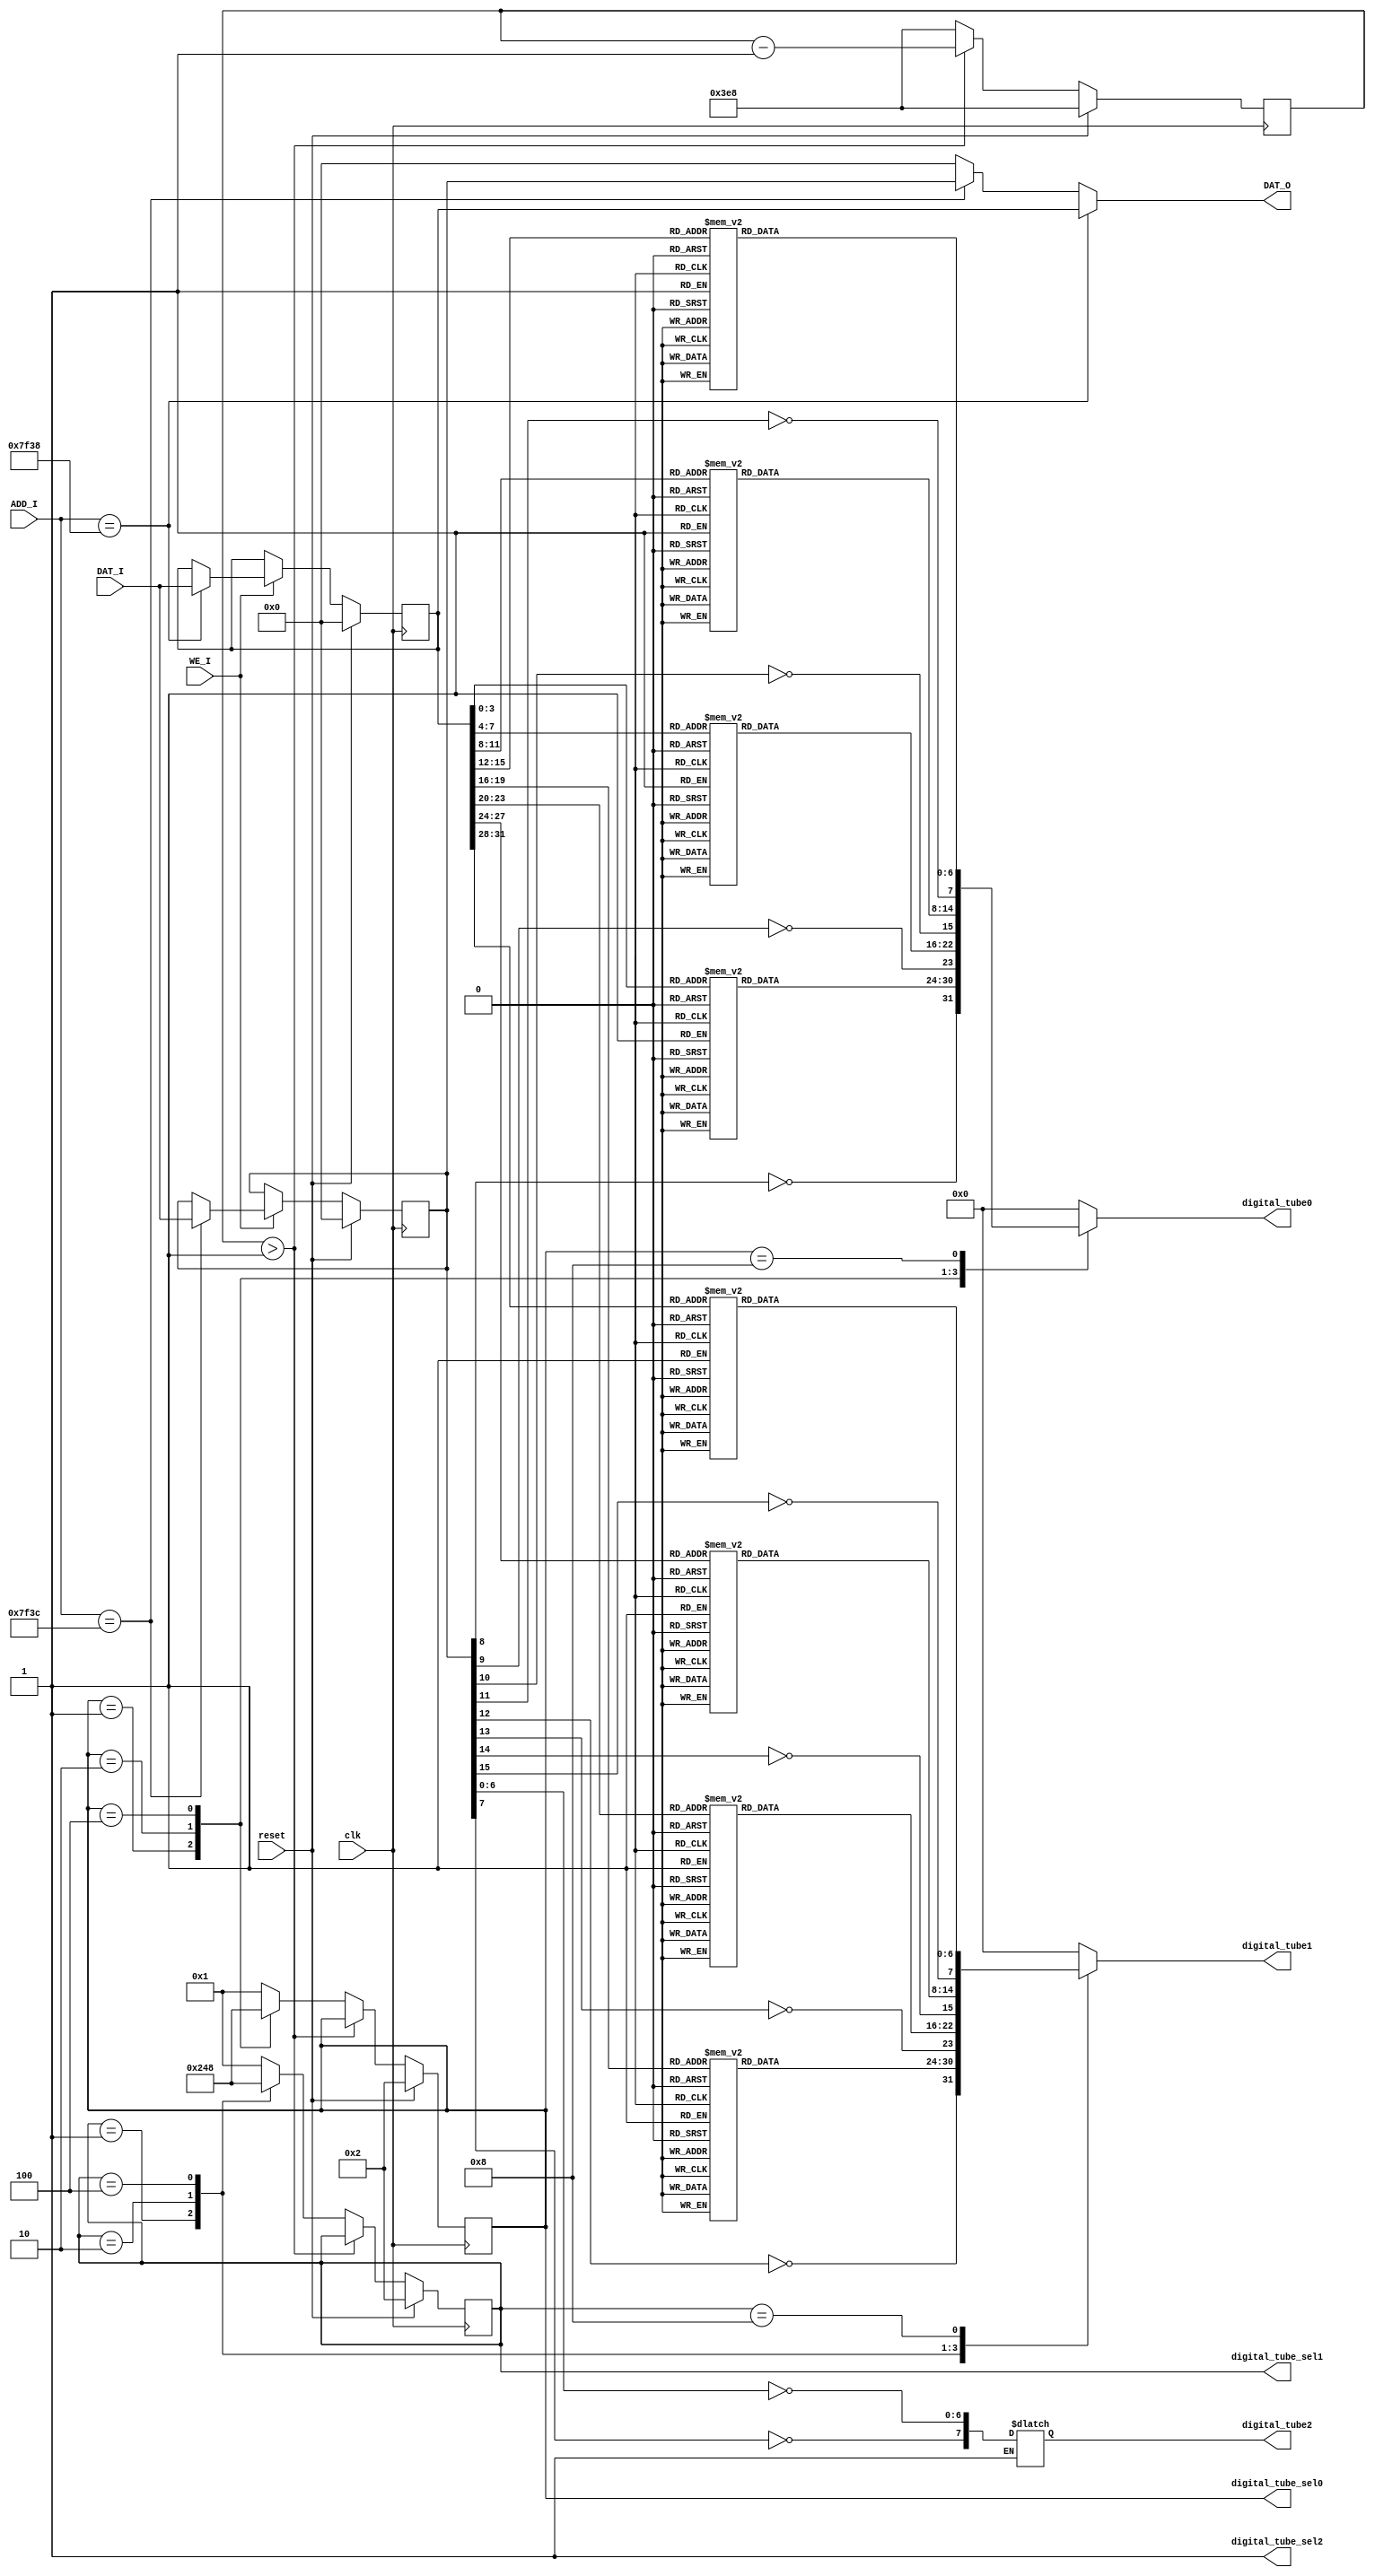
`timescale 1ns / 1ps
//////////////////////////////////////////////////////////////////////////////////
// Company: 
// Engineer: 
// 
// Design Name: 
// Module Name:    digital_tube 
// Project Name: 
// Target Devices: 
// Tool versions: 
// Description: 
//
// Dependencies: 
//
// Revision: 
// Revision 0.01 - File Created
// Additional Comments: 
//
//////////////////////////////////////////////////////////////////////////////////
module digital_tube(
    output reg [7:0] digital_tube2, digital_tube1, digital_tube0,
	 output digital_tube_sel2,
	 output reg [3:0] digital_tube_sel1, digital_tube_sel0,
	 
	 input [31:0] ADD_I,
	 input [31:0] DAT_I,
	 input WE_I,
	 output [31:0] DAT_O,
	 input clk, reset
    );

reg [31:0] reg0, reg1;

function [6:0] num2dig;
input [3:0] num;
begin
	case (num)
		4'h0: num2dig = 7'b0000001;
		4'h1: num2dig = 7'b1001111;
		4'h2: num2dig = 7'b0010010;
		4'h3: num2dig = 7'b0000110;
		4'h4: num2dig = 7'b1001100;
		4'h5: num2dig = 7'b0100100;
		4'h6: num2dig = 7'b0100000;
		4'h7: num2dig = 7'b0001111;
		4'h8: num2dig = 7'b0000000;
		4'h9: num2dig = 7'b0000100;
		4'ha: num2dig = 7'b0001000;
		4'hb: num2dig = 7'b1100000;
		4'hc: num2dig = 7'b1110010;
		4'hd: num2dig = 7'b1000010;
		4'he: num2dig = 7'b0110000;
		4'hf: num2dig = 7'b0111000;
		default: num2dig = 7'b0;
	endcase
end
endfunction

always @(*) begin
	case (digital_tube_sel0)
		4'b0001: digital_tube0 = {~reg1[8], num2dig(reg0[3:0])   };
		4'b0010: digital_tube0 = {~reg1[9], num2dig(reg0[7:4])   };
		4'b0100: digital_tube0 = {~reg1[10], num2dig(reg0[11:8])  };
		4'b1000: digital_tube0 = {~reg1[11], num2dig(reg0[15:12]) };
		default: digital_tube0 = 8'b0;    
	endcase                              
	case (digital_tube_sel1)             
		4'b0001: digital_tube1 = {~reg1[12], num2dig(reg0[19:16]) };
		4'b0010: digital_tube1 = {~reg1[13], num2dig(reg0[23:20]) };
		4'b0100: digital_tube1 = {~reg1[14], num2dig(reg0[27:24]) };
		4'b1000: digital_tube1 = {~reg1[15], num2dig(reg0[31:28]) };
		default: digital_tube1 = 8'b0;
	endcase
	if (digital_tube_sel2)
		digital_tube2 = {~reg1[7], ~reg1[6:0]};
		// DP A b C D E F G
end

assign digital_tube_sel2 = 1;
reg [31:0] count;
always @(posedge clk) begin
	if (reset) begin
		count <= 1000;
		digital_tube_sel0 <= 4'b0010;
		digital_tube_sel1 <= 4'b0010; 
	end else begin
		if (count > 1) begin
			count <= count - 1;
		end else begin
			case (digital_tube_sel0)
				4'b0001: digital_tube_sel0 <= 4'b0010;
			   4'b0010: digital_tube_sel0 <= 4'b0100;
			   4'b0100: digital_tube_sel0 <= 4'b1000;
			   4'b1000: digital_tube_sel0 <= 4'b0001;
			   default: digital_tube_sel0 <= 4'b0001;
			endcase
			
			case (digital_tube_sel1)
				4'b0001: digital_tube_sel1 <= 4'b0010;
			   4'b0010: digital_tube_sel1 <= 4'b0100;
			   4'b0100: digital_tube_sel1 <= 4'b1000;
			   4'b1000: digital_tube_sel1 <= 4'b0001;
			   default: digital_tube_sel1 <= 4'b0001;
			endcase
			
			count <= 1000;
		end
	end
end

always @(posedge clk) begin
	if (reset) begin
		reg0 <= 0;
		reg1 <= 0;
	end else if (WE_I) begin
		if (ADD_I == 32'h0000_7f38) 
			reg0 <= DAT_I;
		if (ADD_I == 32'h0000_7f3c) 
			reg1 <= DAT_I;
	end
end

assign DAT_O = ADD_I == 32'h0000_7f38 ? reg0 :
					ADD_I == 32'h0000_7f3c ? reg1 :
					0;

endmodule